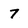
Character: 7